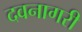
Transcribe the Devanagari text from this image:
दवनागरी